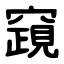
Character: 竀